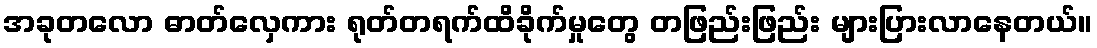
အခုတလော ဓာတ်လှေကား ရုတ်တရက်ထိခိုက်မှုတွေ တဖြည်းဖြည်း များပြားလာနေတယ်။